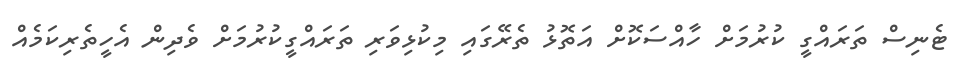
ޓެނިސް ތަރައްގީ ކުރުމަށް ހާއްސަކޮށް އަތޮޅު ތެރޭގައި މިކުޅިވަރި ތަރައްގީކުރުމަށް ވެދިން އެހީތެރިކަމެއް